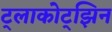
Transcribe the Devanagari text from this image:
ट्लाकोट्झिन